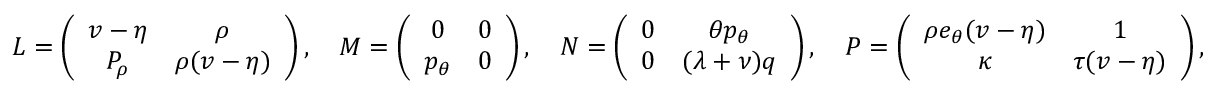
\begin{array} { r } { L = \left( \begin{array} { c c } { v - \eta } & { \rho } \\ { P _ { \rho } } & { \rho ( v - \eta ) } \end{array} \right) , \quad M = \left( \begin{array} { c c } { 0 } & { 0 } \\ { p _ { \theta } } & { 0 } \end{array} \right) , \quad N = \left( \begin{array} { c c } { 0 } & { \theta p _ { \theta } } \\ { 0 } & { ( \lambda + \nu ) q } \end{array} \right) , \quad P = \left( \begin{array} { c c } { \rho e _ { \theta } ( v - \eta ) } & { 1 } \\ { \kappa } & { \tau ( v - \eta ) } \end{array} \right) , } \end{array}